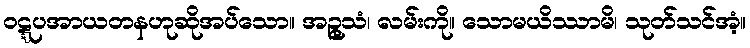
ဝဋ္ဋပအာယတနဟုဆိုအပ်သော။ အဉ္ဇုသံ၊ လမ်းကို။ သောမယိဿာမိ၊ သုတ်သင်အံ့။